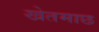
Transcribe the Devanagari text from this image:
खेतमाछ